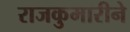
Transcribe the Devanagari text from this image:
राजकुमारीने